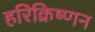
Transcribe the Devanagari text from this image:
हरिक्रिष्णन